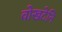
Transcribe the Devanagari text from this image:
वोखटेनि